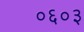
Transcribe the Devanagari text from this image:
०६०३